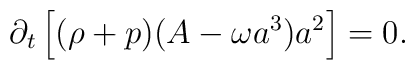
\partial_t \left[ (\rho+p) (A-\omega a^3) a^2 \right] = 0.